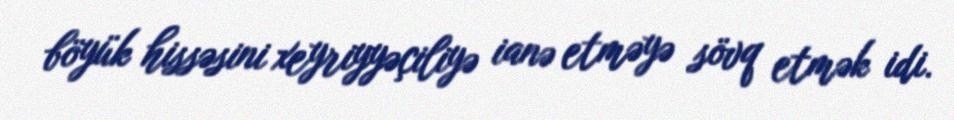
böyük hissəsini xeyriyyəçiliyə ianə etməyə sövq etmək idi.